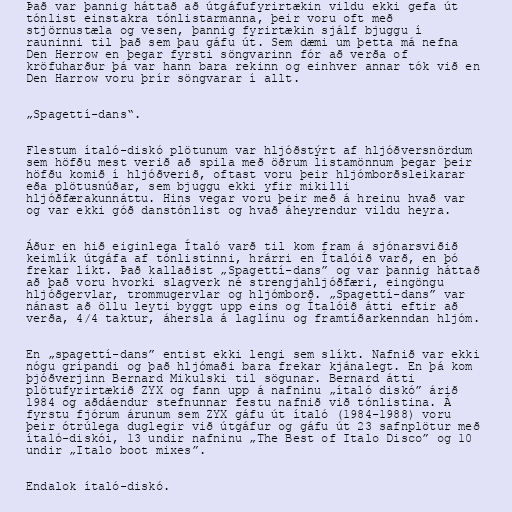
Það var þannig háttað að útgáfufyrirtækin vildu ekki gefa út
tónlist einstakra tónlistarmanna, þeir voru oft með
stjörnustæla og vesen, þannig fyrirtækin sjálf bjuggu í
rauninni til það sem þau gáfu út. Sem dæmi um þetta má nefna
Den Herrow en þegar fyrsti söngvarinn fór að verða of
kröfuharður þá var hann bara rekinn og einhver annar tók við en
Den Harrow voru þrír söngvarar í allt.

„Spagettí-dans“.

Flestum ítaló-diskó plötunum var hljóðstýrt af hljóðversnördum
sem höfðu mest verið að spila með öðrum listamönnum þegar þeir
höfðu komið í hljóðverið, oftast voru þeir hljómborðsleikarar
eða plötusnúðar, sem bjuggu ekki yfir mikilli
hljóðfærakunnáttu. Hins vegar voru þeir með á hreinu hvað var
og var ekki góð danstónlist og hvað áheyrendur vildu heyra.

Áður en hið eiginlega Ítaló varð til kom fram á sjónarsviðið
keimlík útgáfa af tónlistinni, hrárri en Ítalóið varð, en þó
frekar líkt. Það kallaðist „Spagettí-dans” og var þannig háttað
að það voru hvorki slagverk né strengjahljóðfæri, eingöngu
hljóðgervlar, trommugervlar og hljómborð. „Spagettí-dans” var
nánast að öllu leyti byggt upp eins og Ítalóið átti eftir að
verða, 4/4 taktur, áhersla á laglínu og framtíðarkenndan hljóm.

En „spagettí-dans” entist ekki lengi sem slíkt. Nafnið var ekki
nógu grípandi og það hljómaði bara frekar kjánalegt. En þá kom
þjóðverjinn Bernard Mikulski til sögunar. Bernard átti
plötufyrirtækið ZYX og fann upp á nafninu „ítaló diskó” árið
1984 og aðdáendur stefnunnar festu nafnið við tónlistina. Á
fyrstu fjórum árunum sem ZYX gáfu út ítaló (1984-1988) voru
þeir ótrúlega duglegir við útgáfur og gáfu út 23 safnplötur með
ítaló-diskói, 13 undir nafninu „The Best of Italo Disco” og 10
undir „Italo boot mixes”.

Endalok ítaló-diskó.